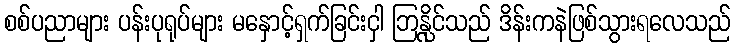
စစ်ပညာများ ပန်းပုရုပ်များ မနှောင့်ရှက်ခြင်းငှါ ဘြန္လိုင်သည် ဒိန်းကနဲဖြစ်သွားရလေသည်